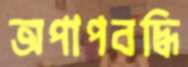
অপাপবদ্ধি